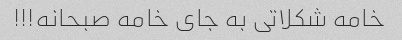
خامه شکلاتی به جای خامه صبحانه!!!